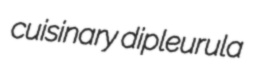
cuisinary dipleurula